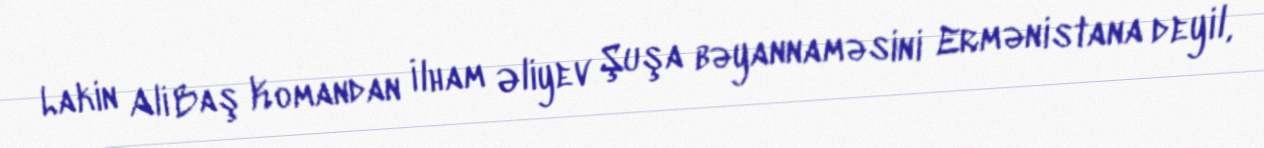
Lakin Ali Baş Komandan İlham Əliyev Şuşa bəyannaməsini Ermənistana deyil,